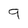
Character: 9